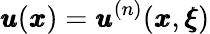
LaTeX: {\pmb u}({\pmb x})={\pmb u}^{(n)}({\pmb x},{\pmb\xi})